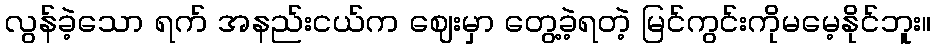
လွန်ခဲ့သော ရက် အနည်းငယ်က ဈေးမှာ တွေ့ခဲ့ရတဲ့ မြင်ကွင်းကိုမမေ့နိုင်ဘူး။